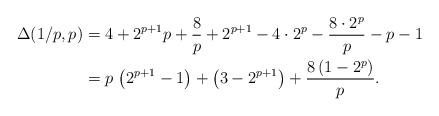
LaTeX: \begin{align*} \Delta(1/p,p) &= 4 + {2}^{p+1}p + \frac{8}{p} + {2}^{p+1} - 4 \cdot 2^p - \frac{8 \cdot 2^p}{p} - p - 1 \\ &= p\, \left( {2}^{p+1}-1 \right) + \left(3-{2}^{p+1}\right) +{\frac{8\,(1-{2}^{p})}{p}}. \end{align*}